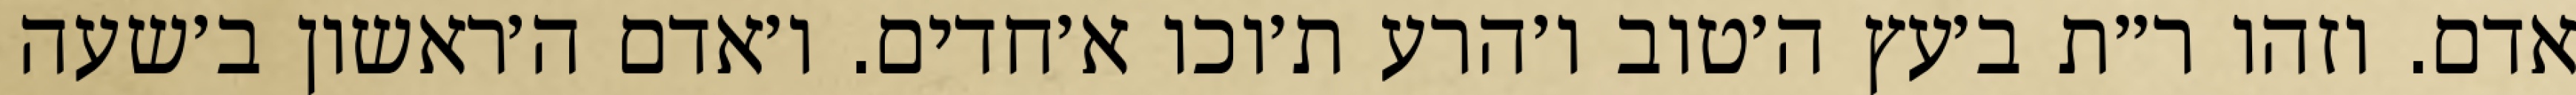
אדם. וזהו ר״ת ב׳עץ ה׳טוב ו׳הרע ת׳וכו א׳חדים. ו׳אדם ה׳ראשון ב׳שעה